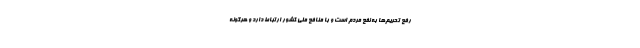
رفع تحریم‌ها به نفع مردم است و با منافع ملی کشور ارتباط دارد و هرگونه